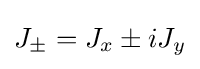
J_{\pm }=J_{x}\pm iJ_{y}